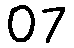
07